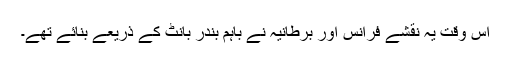
اس وقت یہ نقشے فرانس اور برطانیہ نے باہم بندر بانٹ کے ذریعے بنائے تھے۔